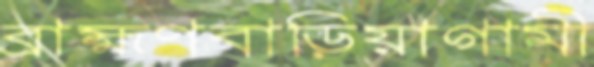
ব্রাহ্মণবাড়িয়াগামী